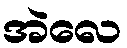
အဲလေ